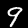
Digit: 9